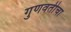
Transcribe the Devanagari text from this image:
गुणवतीचा